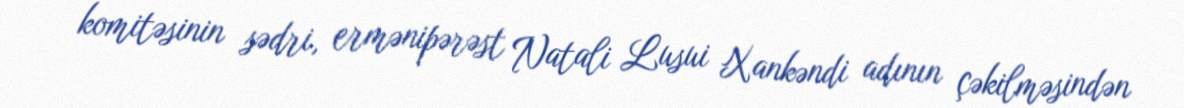
komitəsinin sədri, ermənipərəst Natali Lusui Xankəndi adının çəkilməsindən